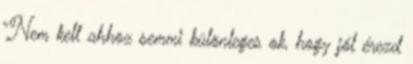
“Nem kell ahhoz semmi különleges ok, hogy jól érezd